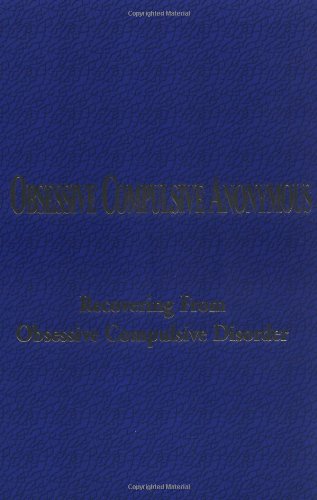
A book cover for Obsessive Compulsive Anonymous: Recovering From Obsessive Compulsive Disorder; Health, Fitness & Dieting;